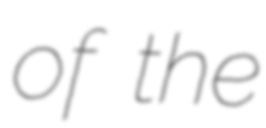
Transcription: of the